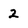
Character: 2